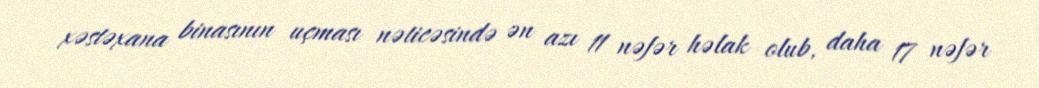
xəstəxana binasının uçması nəticəsində ən azı 11 nəfər həlak olub, daha 17 nəfər